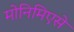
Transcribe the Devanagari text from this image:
मोनिमिएसे